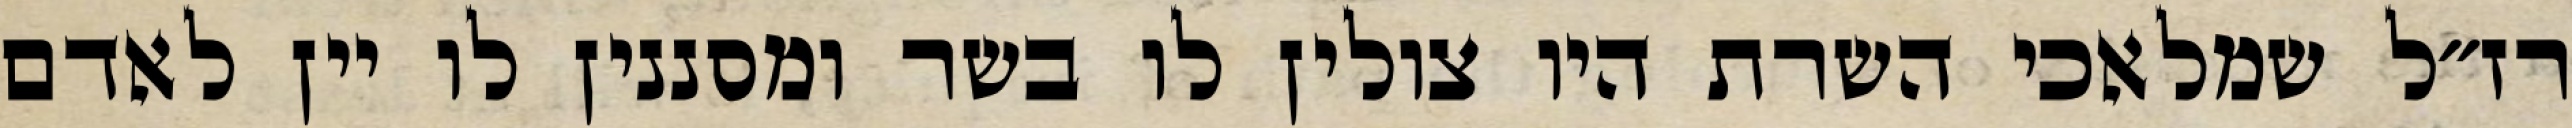
רז״ל שמלאכי השרת היו צולין לו בשר ומסננין לו יין לאדם